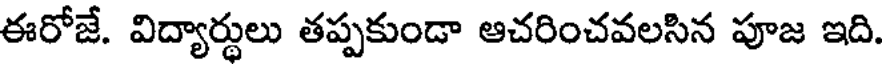
ఈరోజే. విద్యార్థులు తప్పకుండా ఆచరించవలసిన పూజ ఇది.